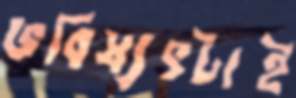
ভবিষ্যৎটাই